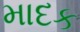
માદક